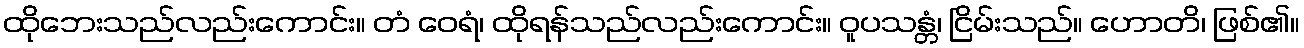
ထိုဘေးသည်လည်းကောင်း။ တံ ဝေရံ၊ ထိုရန်သည်လည်းကောင်း။ ဝူပသန္တံ၊ ငြိမ်းသည်။ ဟောတိ၊ ဖြစ်၏။